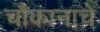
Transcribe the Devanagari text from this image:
चौकानाचे